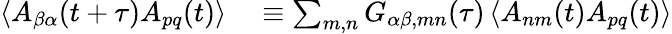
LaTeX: \begin{array}{rl}{\left\langle A_{\beta\alpha}(t+\tau)A_{pq}(t)\right\rangle}&{{}\equiv\sum_{m,n}G_{\alpha\beta,mn}(\tau)\left\langle A_{nm}(t)A_{pq}(t)\right\rangle}\end{array}